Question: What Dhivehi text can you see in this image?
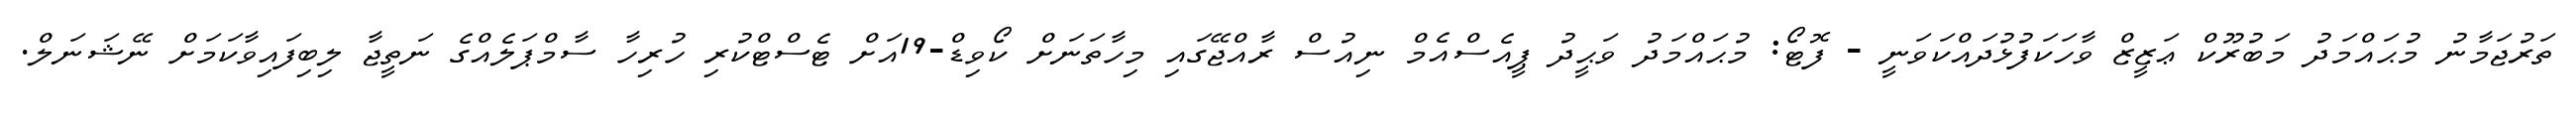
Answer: ތަރުޖަމާނު މުޙައްމަދު މަބުރޫކް ޢަޒީޒް ވާހަކަފުޅުދައްކަވަނީ - ފޮޓޯ: މުޙައްމަދު ވަޙީދު ޕީއެސްއެމް ނިއުސް ރާއްޖޭގައި މިހާތަނަށް ކޯވިޑް-19އަށް ޓެސްޓްކުރި ހުރިހާ ސާމްޕަލެއްގެ ނަތީޖާ ލިބިފައިވާކަމަށް ނޭޝަނަލް.